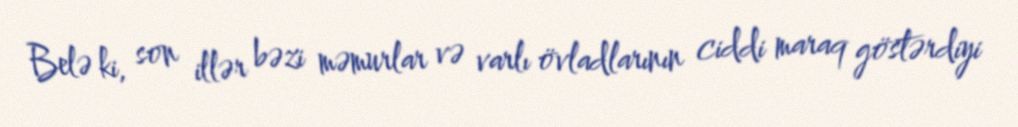
Belə ki, son illər bəzi məmurlar və varlı övladlarının ciddi maraq göstərdiyi